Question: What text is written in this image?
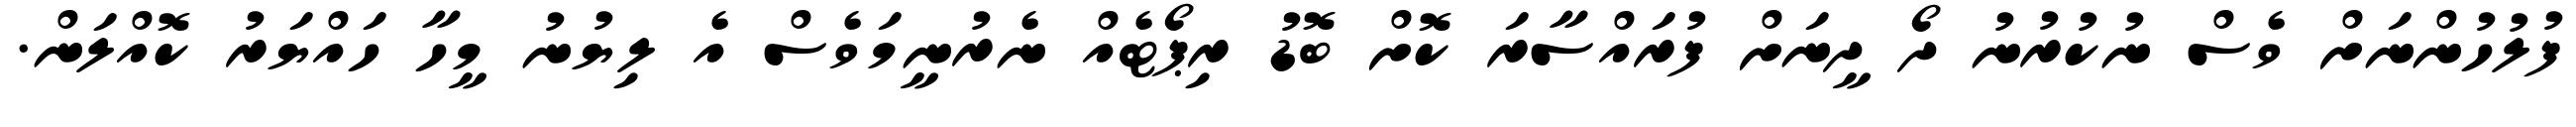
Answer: ފުލުހުންނަށް ވެސް ނުކުރުނު ދޯ ދީނަށް ފުރައްސާރަ ކޮށް ބޮޑު ރިޕޯޓެއް ނެރުނީމަވެސް އެ ލިޔުނު މީހާ ހައްޔަރު ކޮއްލަން.